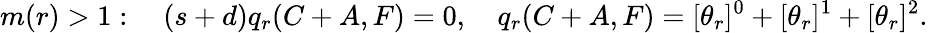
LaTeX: m(r)>1:\quad(s+d)q_{r}(C+A,F)=0,\quad q_{r}(C+A,F)=[\theta_{r}]^{0}+[\theta_{r}]^{1}+[\theta_{r}]^{2}.